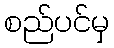
စည်ပင်မှ